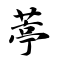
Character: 葶